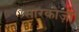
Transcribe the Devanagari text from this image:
सारकोज़ी